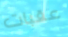
عقبات